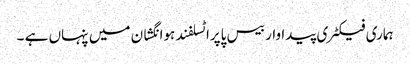
ہماری فیکٹری پیداوار بیس پاپراٹسلفند ہوانگشان میں پنہاں ہے ۔